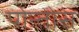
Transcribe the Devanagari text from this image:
पोन्तोस